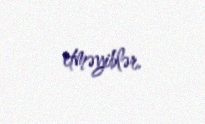
etməyiblər.